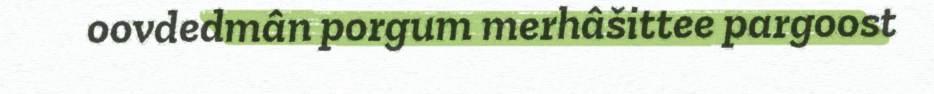
oovdedmân porgum merhâšittee pargoost